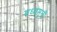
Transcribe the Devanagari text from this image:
मध्वमुनीं